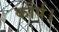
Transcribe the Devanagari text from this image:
कोर्प।